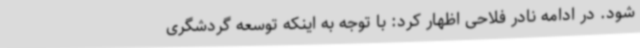
شود. در ادامه نادر فلاحی اظهار کرد: با توجه به اینکه توسعه گردشگری